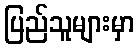
ပြည်သူများမှာ